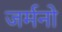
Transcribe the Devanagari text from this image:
जर्मनो